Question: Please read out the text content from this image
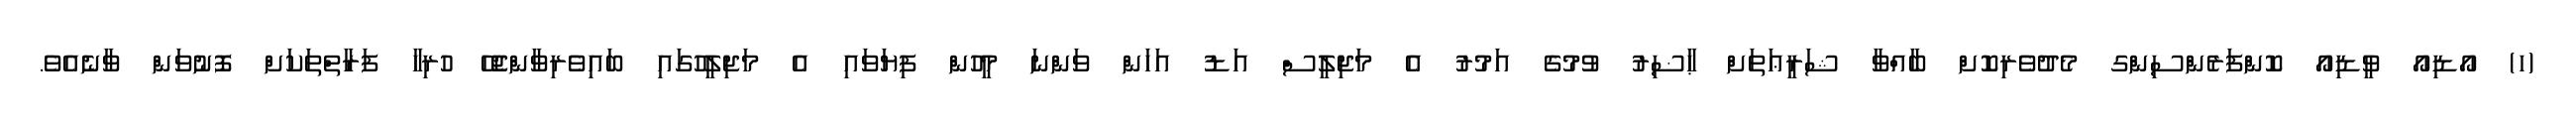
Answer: (ހ) އޯޑިއޯ ވީޑިއޯ ކޮންފަރެންސިންގ މެދުވެރިކޮށް ބާއްވާ ޝަރީޢަތަށް ޙާޟިރު ވުމުގެ އަމުރު އެ މަޖިލީސް އަޑު އަހަން ވަންނަ މީހުން ފިޔަވައި އެ މަޖިލީހުގައި ބައިވެރިވާންޖެހޭ ހުރިހާ ފަރާތްތަކަށް ފޮނުވަން ވާނެއެވެ.